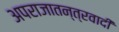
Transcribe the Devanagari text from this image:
अपराजातन्त्रवादी